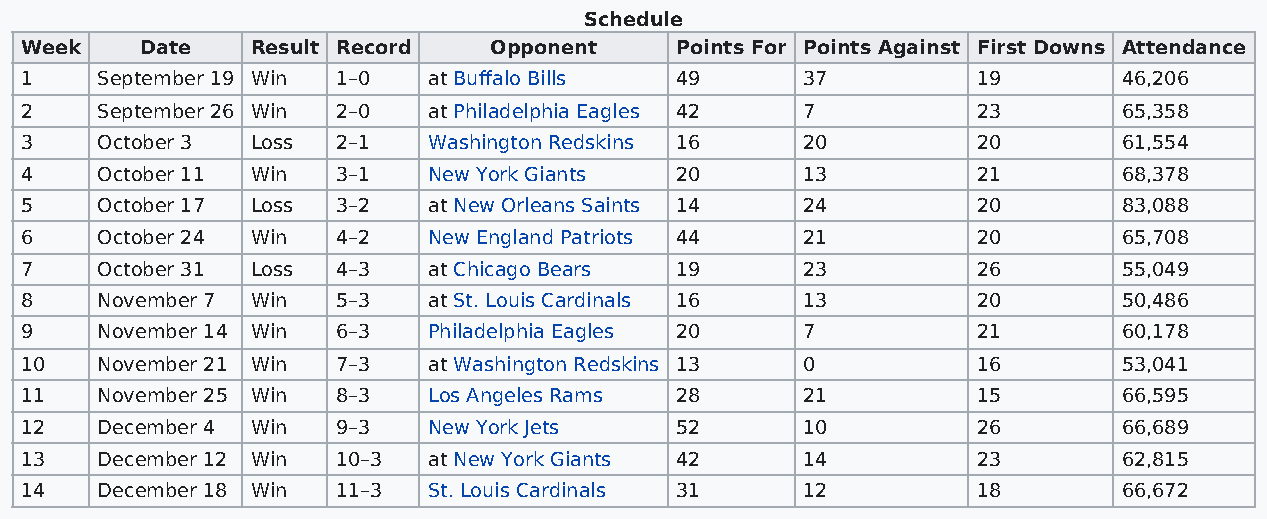
Schedule
 Week    Date    Result Record  Opponent     Points For Points Against First Downs Attendance
 1    September 19 Win 1–0  at Buffalo Bills 49      37          19       46,206
 2    September 26 Win 2–0  at Philadelphia Eagles 42 7          23       65,358
 3    October 3  Loss 2–1   Washington Redskins 16   20          20       61,554
 4    October 11 Win  3–1   New York Giants  20      13          21       68,378
 5    October 17 Loss 3–2   at New Orleans Saints 14 24          20       83,088
 6    October 24 Win  4–2   New England Patriots 44  21          20       65,708
 7    October 31 Loss 4–3   at Chicago Bears 19      23          26       55,049
 8    November 7 Win  5–3   at St. Louis Cardinals 16 13         20       50,486
 9    November 14 Win 6–3   Philadelphia Eagles 20   7           21       60,178
 10   November 21 Win 7–3   at Washington Redskins 13 0          16       53,041
 11   November 25 Win 8–3   Los Angeles Rams 28      21          15       66,595
 12   December 4 Win  9–3   New York Jets    52      10          26       66,689
 13   December 12 Win 10–3  at New York Giants 42    14          23       62,815
 14   December 18 Win 11–3  St. Louis Cardinals 31   12          18       66,672